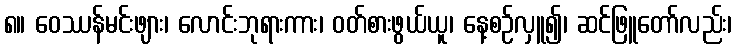
၈။ ဝေဿန်မင်းဖျား၊ လောင်းဘုရားကား၊ ဝတ်စားဖွယ်ယူ၊ နေ့စဉ်လှူ၍၊ ဆင်ဖြူတော်လည်း၊